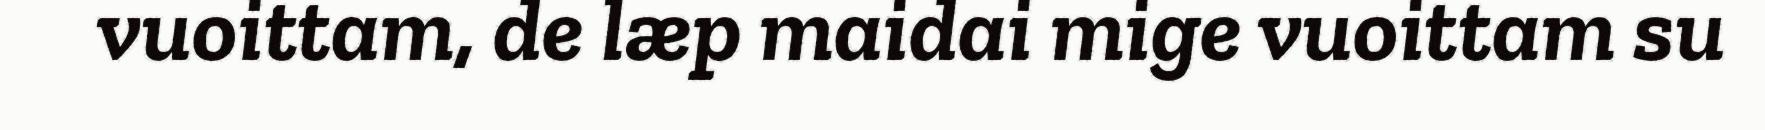
vuoittam, de læp maidai mige vuoittam su